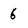
Character: 6